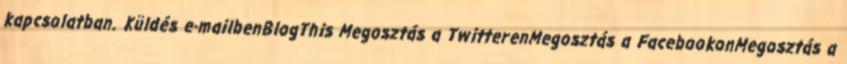
kapcsolatban. Küldés e-mailbenBlogThis Megosztás a TwitterenMegosztás a FacebookonMegosztás a